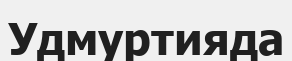
Удмуртияда